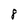
Character: 8